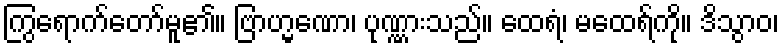
ကြွရောက်တော်မူ၏။ ဗြာဟ္မဏော၊ ပုဏ္ဏားသည်။ ထေရံ၊ မထေရ်ကို။ ဒိသွာဝ၊